65_HS1-834228961_62-HQ-83894_Section_10
Agency: FBI
Page 67
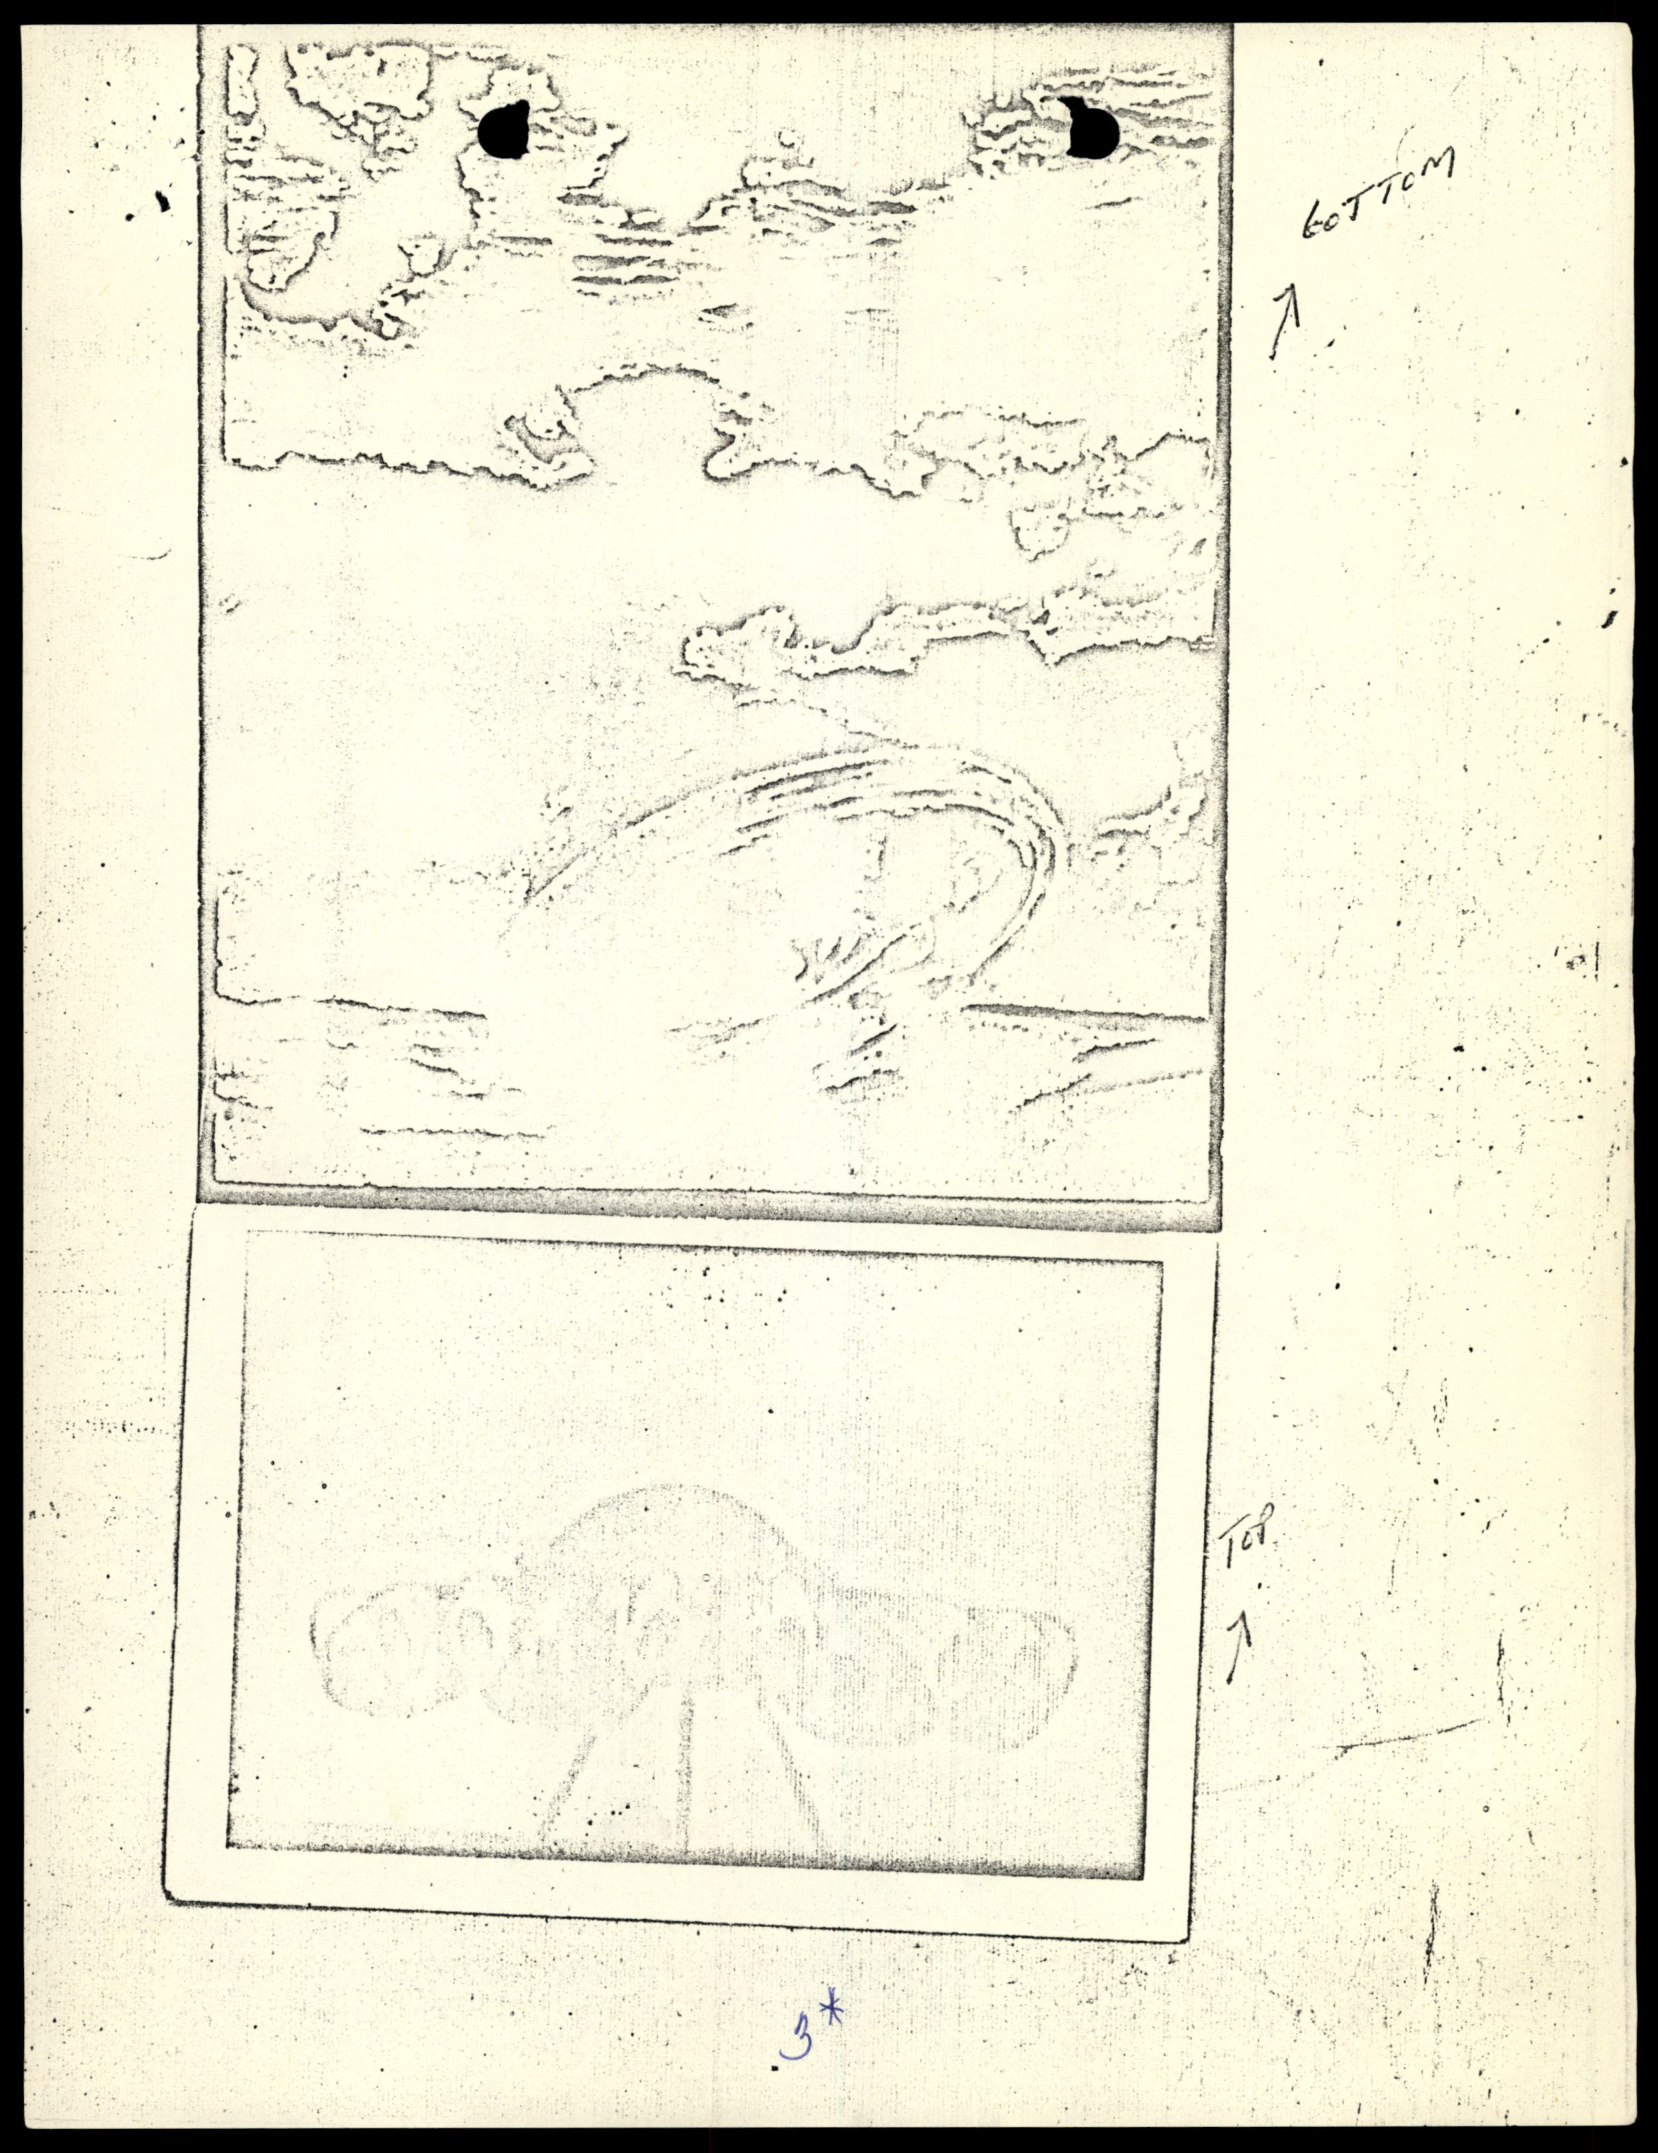